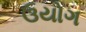
ઉયોગ